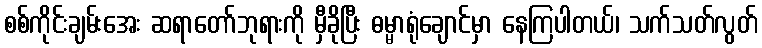
စစ်ကိုင်းချမ်းအေး ဆရာတော်ဘုရားကို မှီခိုပြီး ဓမ္မာရုံချောင်မှာ နေကြပါတယ်၊ သက်သတ်လွတ်